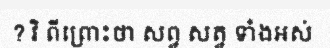
? វិ ពីព្រោះថា សព្វ សត្វ ទាំងអស់